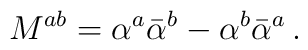
M^{ab}=\alpha^a\bar{\alpha}^b-\alpha^b\bar{\alpha}^a\,.